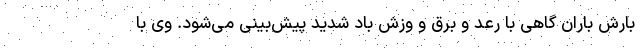
بارش باران گاهی با رعد و برق و وزش باد شدید پیش‌بینی می‌شود. وی با